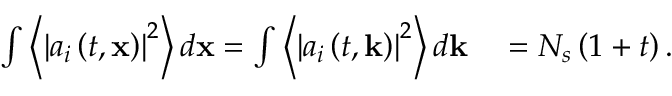
\begin{array} { r l } { \int \left\langle \left| a _ { i } \left( t , \mathbf { x } \right) \right| ^ { 2 } \right\rangle d \mathbf { x } = \int \left\langle \left| a _ { i } \left( t , \mathbf { k } \right) \right| ^ { 2 } \right\rangle d \mathbf { k } } & { { } = N _ { s } \left( 1 + t \right) . } \end{array}